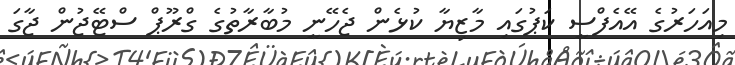
މިއަހަރުގެ އޭއެފްސީ ކަޕުގައި މާޒިޔާ ކުޅެން ޖެހޭނީ މުބާރާތުގެ ގްރޫޕް ސްޓޭޖުން ޖާގަ